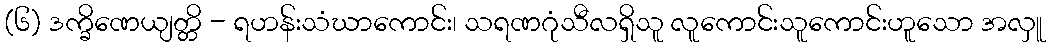
(၆) ဒက္ခိဏေယျတ္တိ - ရဟန်းသံဃာကောင်း၊ သရဏဂုံသီလရှိသူ လူကောင်းသူကောင်းဟူသော အလှူ